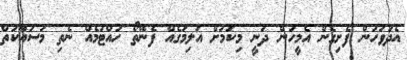
އެދުވަހުން ފެށިގެން އެމީހުން ދަނީ މިކަމަށް އަލިމަގެއް ފެނޭތޯ ހުއްޓުމެއް ނެތި މަސައްކަތް